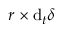
\boldsymbol { r } \times \mathrm { d } _ { t } \boldsymbol { \delta }